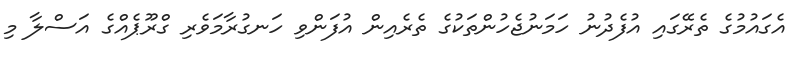
އެގައުމުގެ ތެރޭގައި އުފެދުނު ހަމަނުޖެހުންތަކުގެ ތެރެއިން އުފަންވި ހަނގުރާމަވެރި ގްރޫޕެއްގެ އަސްލާ މި